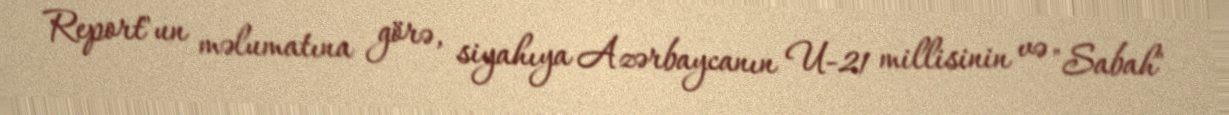
Report"un məlumatına görə, siyahıya Azərbaycanın U-21 millisinin və "Sabah"